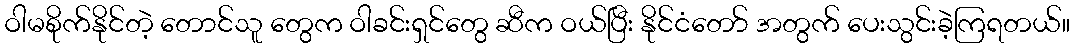
ဝါမစိုက်နိုင်တဲ့ တောင်သူ တွေက ဝါခင်းရှင်တွေ ဆီက ဝယ်ပြီး နိုင်ငံတော် အတွက် ပေးသွင်းခဲ့ကြရတယ်။